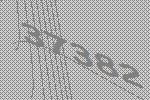
37382